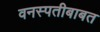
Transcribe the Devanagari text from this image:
वनस्पतीबाबत